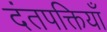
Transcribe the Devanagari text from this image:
दंतपक्तियाँ